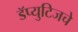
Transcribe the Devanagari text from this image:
डॅप्युटिजचे